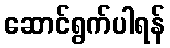
ဆောင်ရွက်ပါရန်